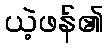
ယဲ့ဖန်၏